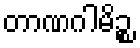
တာဏဂါမိဉ္စ